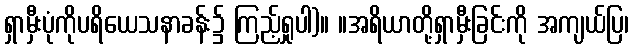
ရှာမှီးပုံကိုပရိယေသနာခန်း၌ ကြည့်ရှုပါ)။ ။အရိယာတို့ရှာမှီးခြင်းကို အကျယ်ပြ၊